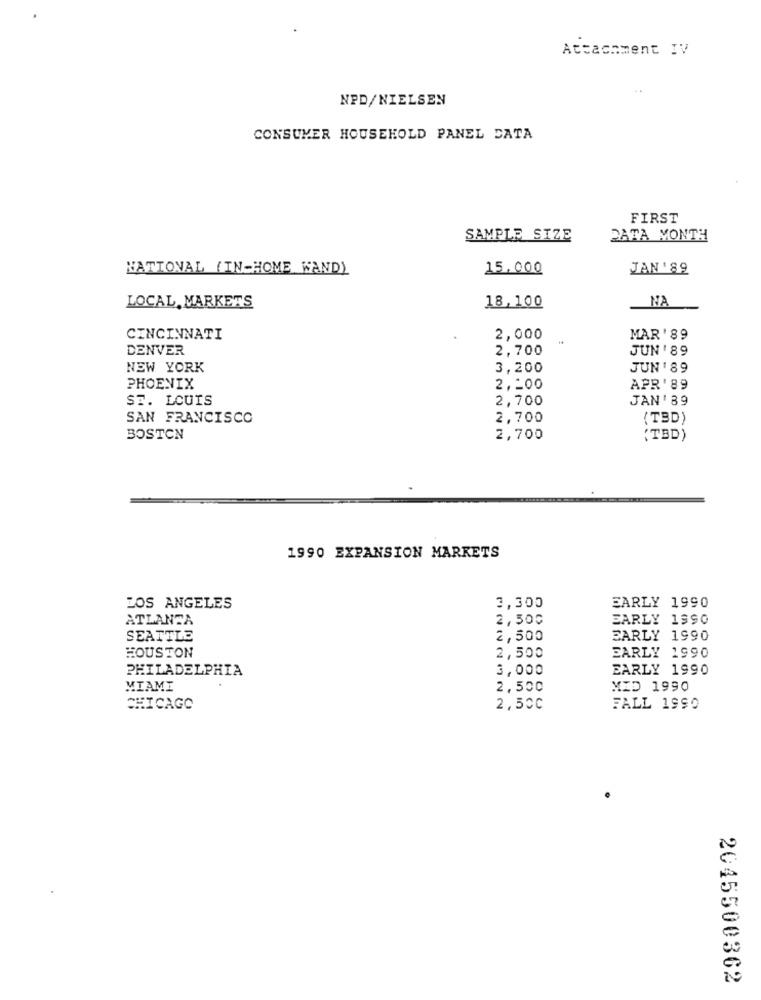
Attachment IV
NPD/NIELSEN
CONSUMER HOUSEHOLD PANEL CATA
FIRST
SAMPLE SIZE
DATA MONTH
NATIONAL (IN-HOME WAND)
15.000
JAN ' 89
LOCAL MARKETS
18,100
NA
CINCINNATI
2,000
MAR' 89
DENVER
2,700
JUN '89
NEW YORK
3,200
JUN '89
PHOENIX
2,200
APR' 89
ST. LOUIS
2,700
JAN ' 89
SAN FRANCISCO
2,700
(TBD)
BOSTON
2,700
(TBD)
1990 EXPANSION MARKETS
3,300
LOS ANGELES
EARLY 1990
ATLANTA
2,500
EARLY 1990
SEATTLE
2,500
EARLY 1990
HOUSTON
2,500
EARLY 1990
PHILADELPHIA
3,000
EARLY 1990
MIAMI
2,500
MID 1990
CHICAGO
2,500
FALL 1990
2045500362